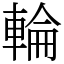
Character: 輪